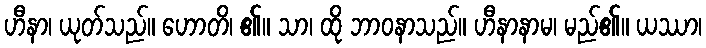
ဟီနာ၊ ယုတ်သည်။ ဟောတိ၊ ၏။ သာ၊ ထို ဘာဝနာသည်။ ဟီနာနာမ၊ မည်၏။ ယဿာ၊